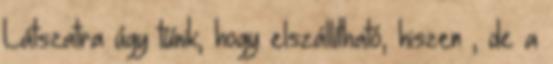
Látszatra úgy tűnik, hogy elszállítható, hiszen , de a